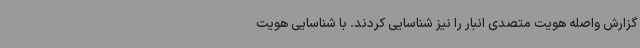
گزارش واصله هویت متصدی انبار را نیز شناسایی کردند. با شناسایی هویت